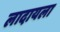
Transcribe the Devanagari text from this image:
लादायला